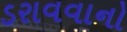
ડરાવવાનો